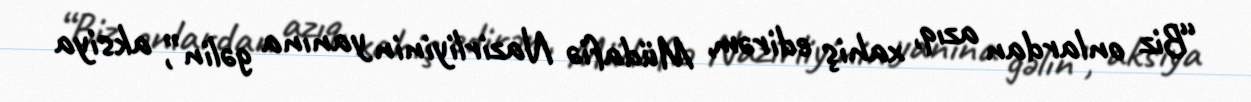
“Biz onlardan azıq, xahiş edirəm, Müdafiə Nazirliyinin yanına gəlin”, aksiya